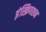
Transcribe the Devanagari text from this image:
इंस्क्रिपशन